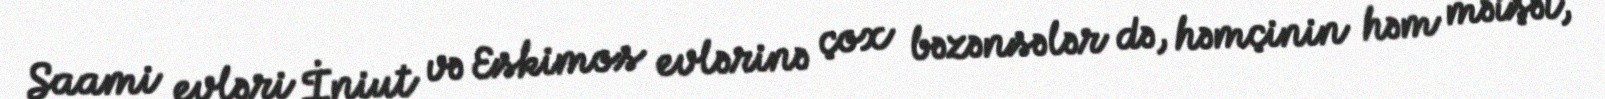
Saami evləri İniut və Eskimos evlərinə çox bəzənsələr də, həmçinin həm məişət,